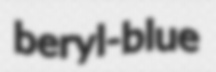
beryl-blue